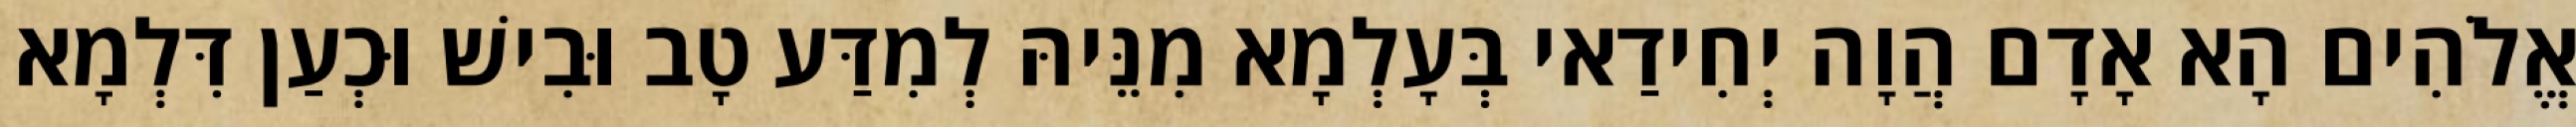
אֱלֹהִים הָא אָדָם הֲוָה יְחִידַאי בְּעָלְמָא מִנֵּיהּ לְמִדַּע טָב וּבִישׁ וּכְעַן דִּלְמָא